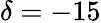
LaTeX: \delta=-15